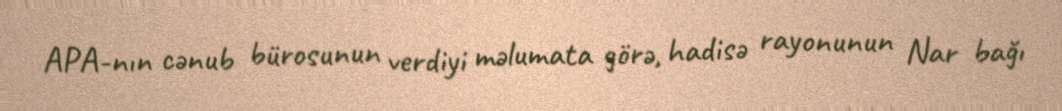
APA-nın cənub bürosunun verdiyi məlumata görə, hadisə rayonunun Nar bağı